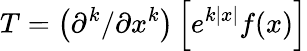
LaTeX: T=\left({\partial}^{k}/\partial x^{k}\right)\left[e^{k|x|}f(x)\right]